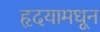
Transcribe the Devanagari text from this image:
हृदयामधून